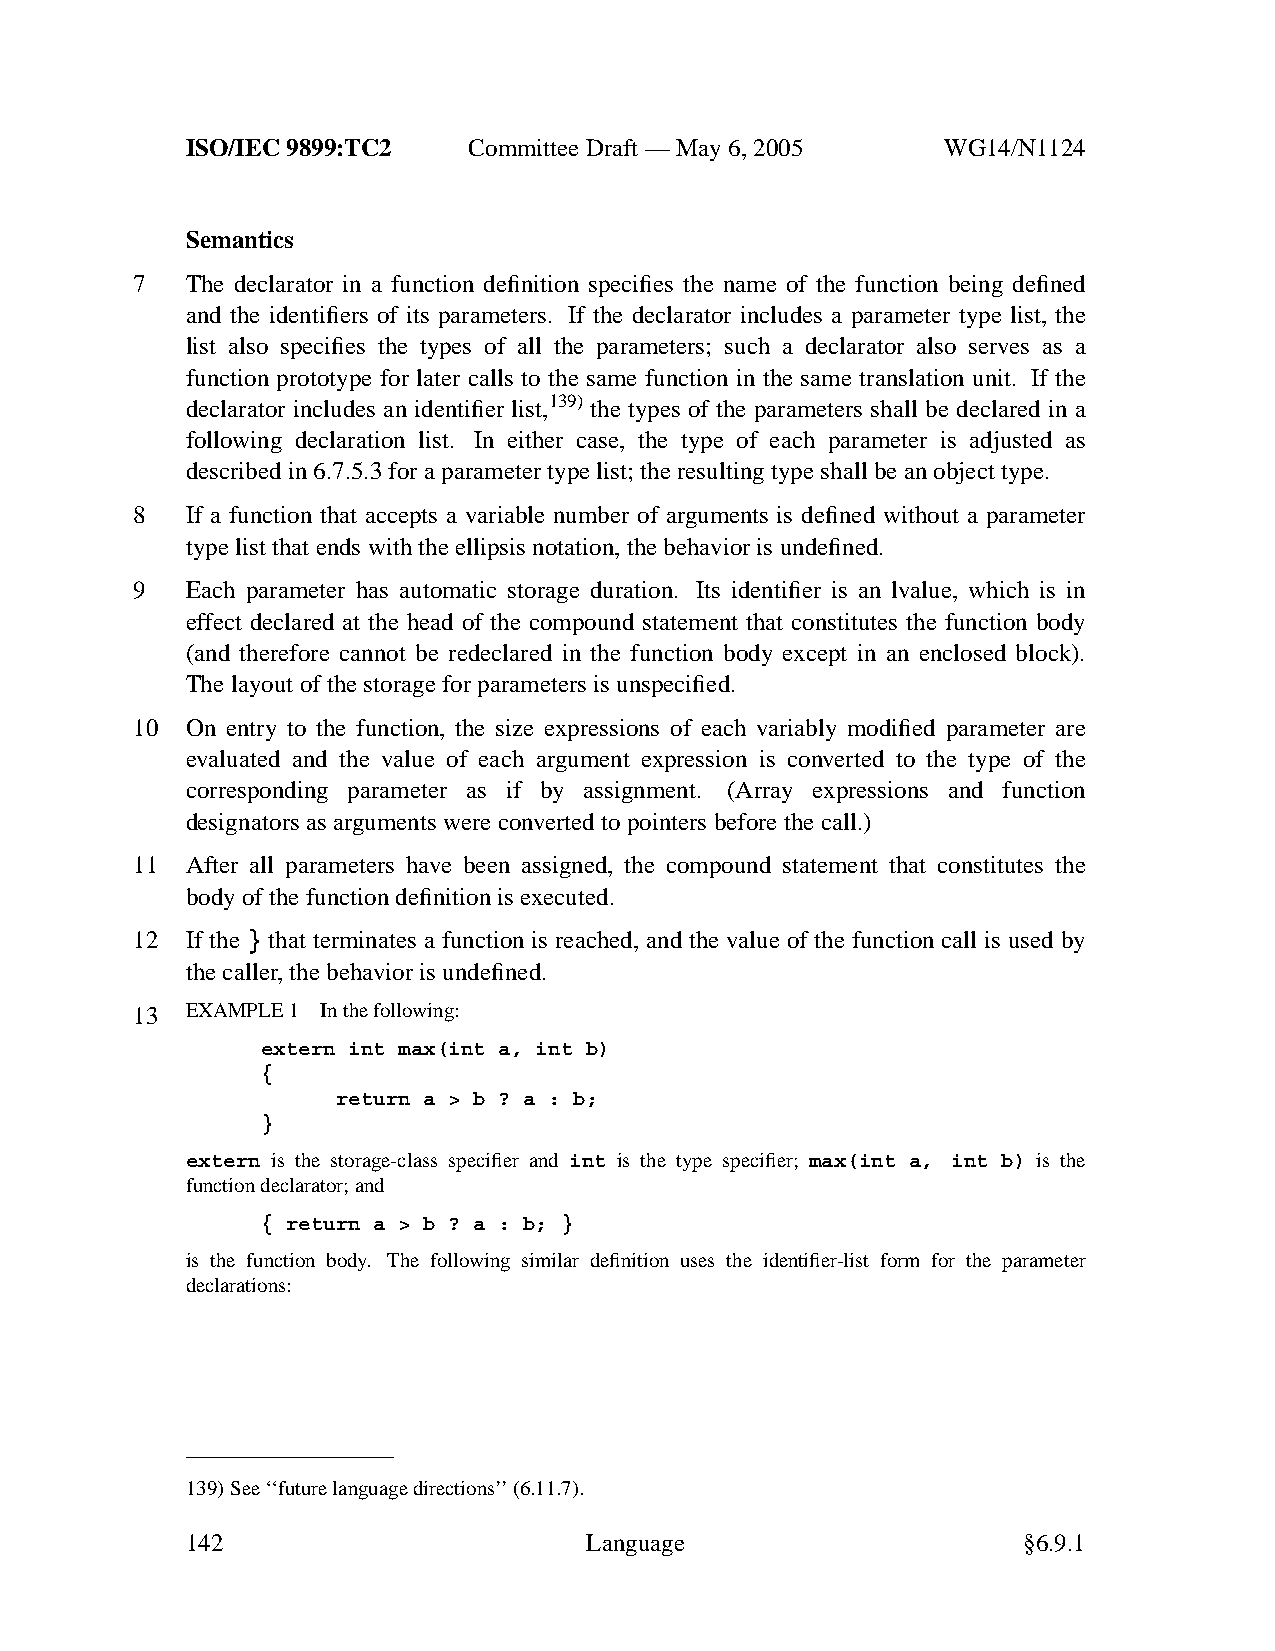
ISO/IEC 9899:TC2   Committee Draft — May 6, 2005   WG14/N1124
 Semantics
 7  The declarator in a function definition specifies the name of the function being defined
 and the identifiers of its parameters. If the declarator includes a parameter type list, the
 list also specifies the types of all the parameters; such a declarator also serves as a
 function prototype for later calls to the same function in the same translation unit. If the
 declarator includes an identifier list,139) the types of the parameters shall be declared in a
 following declaration list. In either case, the type of each parameter is adjusted as
 described in 6.7.5.3 for a parameter type list; the resulting type shall be an object type.
 8  If a function that accepts a variable number of arguments is defined without a parameter
 type list that ends with the ellipsis notation, the behavior is undefined.
 9  Each parameter has automatic storage duration. Its identifier is an lvalue, which is in
 effect declared at the head of the compound statement that constitutes the function body
 (and therefore cannot be redeclared in the function body except in an enclosed block).
 The layout of the storage for parameters is unspecified.
 10 On entry to the function, the size expressions of each variably modified parameter are
 evaluated and the value of each argument expression is converted to the type of the
 corresponding parameter as if by assignment. (Array expressions and function
 designators as arguments were converted to pointers before the call.)
 11 After all parameters have been assigned, the compound statement that constitutes the
 body of the function definition is executed.
 12 If the } that terminates a function is reached, and the value of the function call is used by
 the caller,the behavior is undefined.
 13 EXAMPLE 1 In the following:
 extern int max(int a, int b)
 {
 return a > b ? a : b;
 }
 extern is the storage-class specifier and int is the type specifier; max(int a, int b) is the
 function declarator; and
 { return a > b ? a : b; }
 is the function body. The following similar definition uses the identifier-list form for the parameter
 declarations:
 139)See ‘‘future language directions’’(6.11.7).
 142                        Language                     §6.9.1